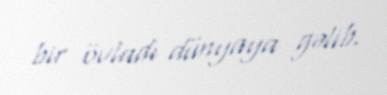
bir övladı dünyaya gəlib.